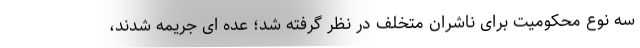
سه نوع محکومیت برای ناشران متخلف در نظر گرفته شد؛ عده ای جریمه شدند،